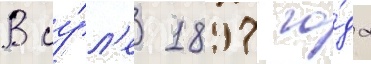
В иу́л'е 1897 го́да